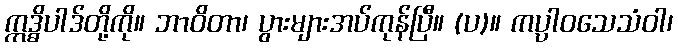
ဣဒ္ဓိပါဒ်တို့ကို။ ဘာဝိတာ၊ ပွားများအပ်ကုန်ပြီ။ (ပ)။ ကပ္ပါဝသေသံဝါ၊